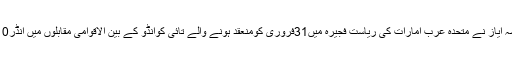
خیبر پختونخوا کے علاقے سوات سے تعلق رکھنے والی نو سالہ عائشہ ایاز نے متحدہ عرب امارات کی ریاست فجیرہ میں31فروری کومنعقد ہونے والے تائی کوانڈو کے بین الاقوامی مقابلوں میں انڈر10 کیٹیگری میں گولڈ میڈل حاصل کر کےپاکستان کا نام روشن کر دیا۔